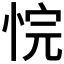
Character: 𪫻